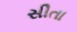
સીતા